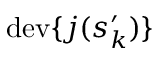
\mathrm { d e v } \{ j ( s _ { k } ^ { \prime } ) \}